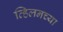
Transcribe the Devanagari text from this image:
व्हिलनच्या